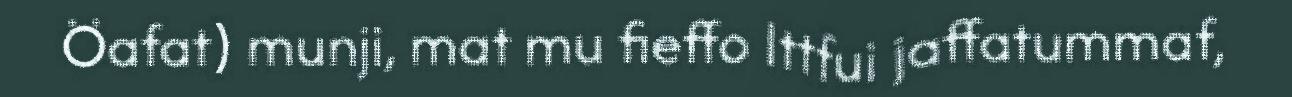
Öafat) munji, mat mu fieffo Ittfui jaffatummaf,